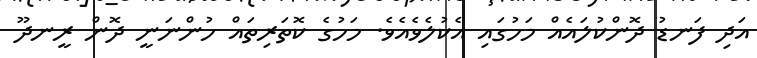
އަދި ފަނޑު ދޮންކުލައެއް މަހުގައި އެކުލެވެއެވެ. މަހުގެ ކޮތަރިތައް ހުންނަނީ ދޮން ރީނދޫ